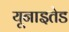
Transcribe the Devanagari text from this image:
यूनाइतेड